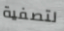
لتصفية